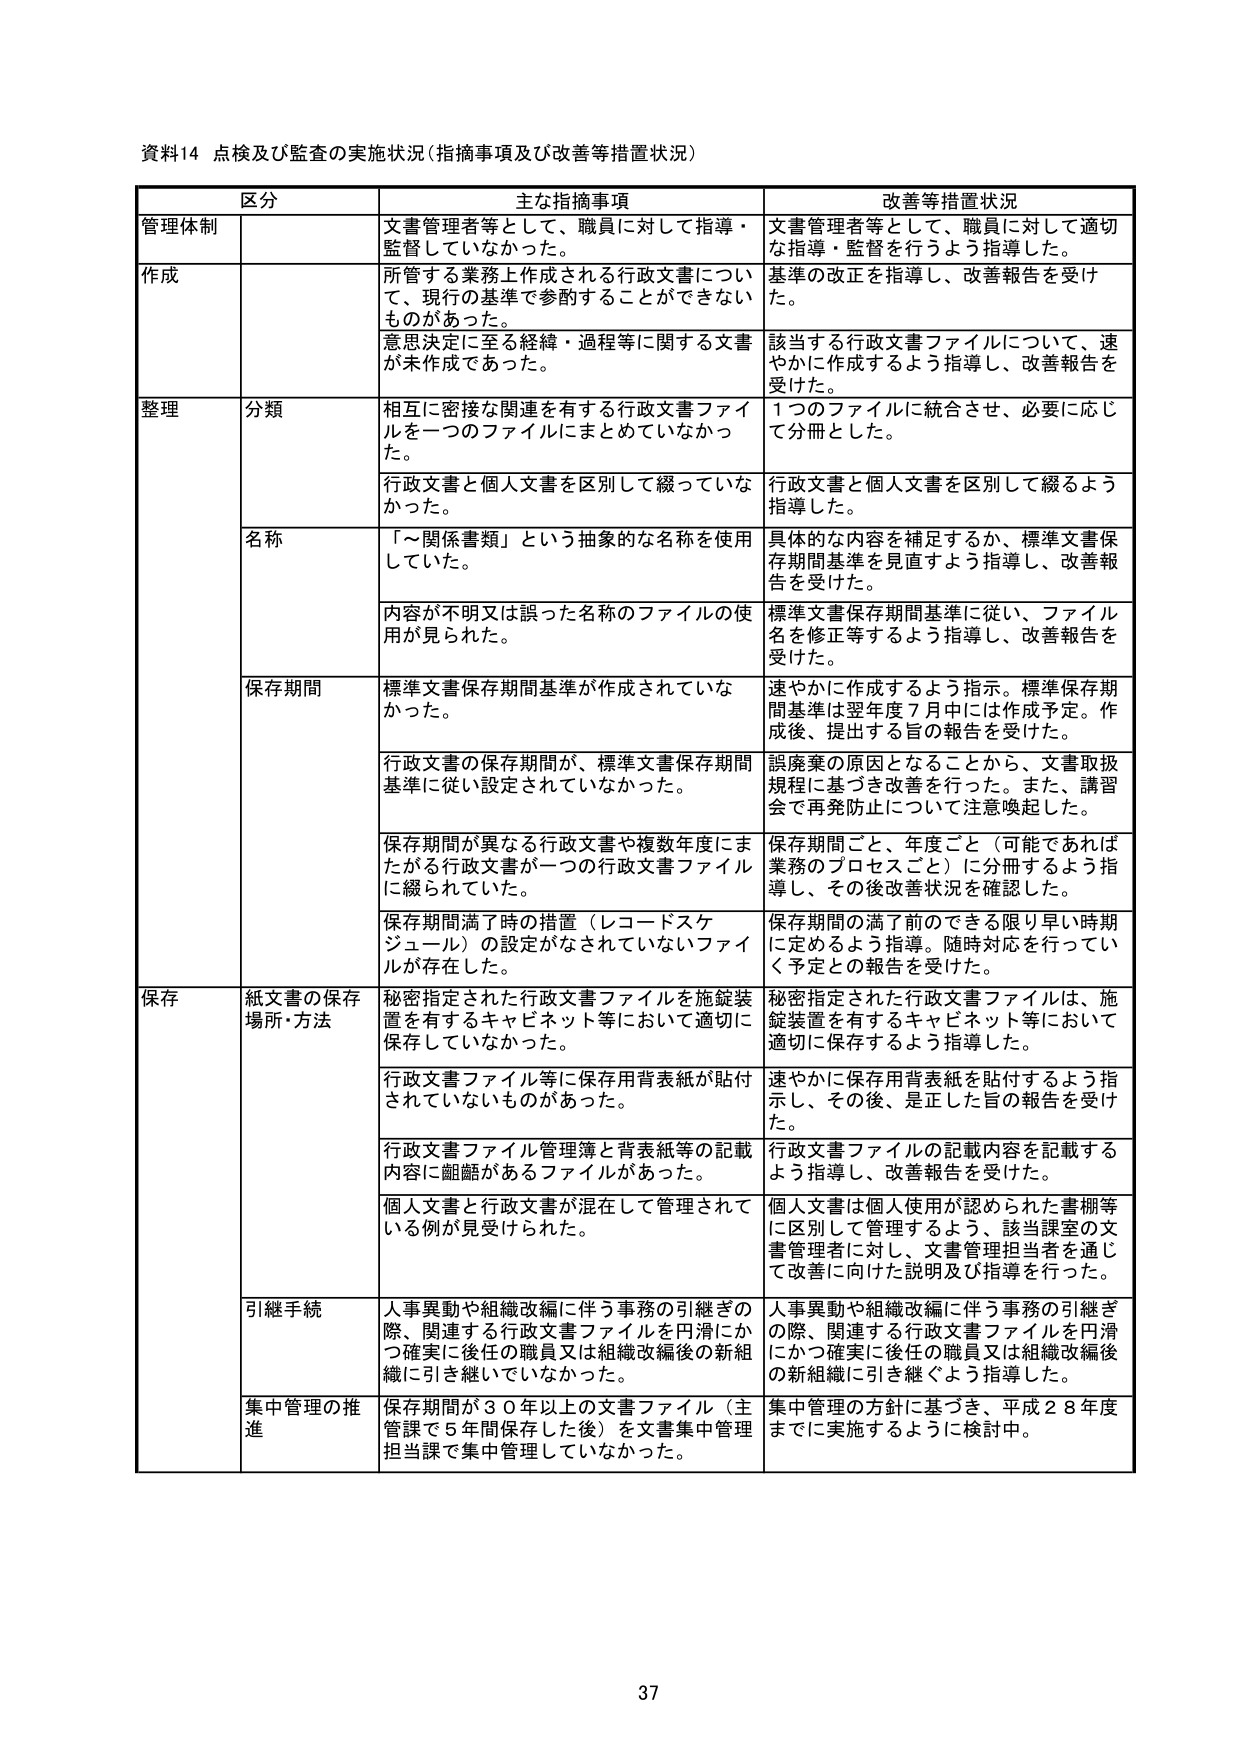
資料14 点検及び監査の実施状況（指摘事項及び改善等措置状況）

区分 主な指摘事項 改善等措置状況

管理体制 文書管理者等として、職員に対して指導・監督していなかった。 文書管理者等として、職員に対して適切な指導・監督を行うよう指導した。

作成 所管する業務上作成される行政文書について、現行の基準で参酌することができないものがあった。 基準の改正を指導し、改善報告を受けた。

意思決定に至る経緯・過程等に関する文書が未作成であった。 該当する行政文書ファイルについて、速やかに作成するよう指導し、改善報告を受けた。

整理 分類 相互に密接な関連を有する行政文書ファイルを一つのファイルにまとめていなかった。 1つのファイルに統合させ、必要に応じて分冊とした。

行政文書と個人文書を区別して綴っていなかった。 行政文書と個人文書を区別して綴るよう指導した。

名称 「～関係書類」という抽象的な名称を使用していた。 具体的な内容を補足するか、標準文書保存期間基準を見直すよう指導し、改善報告を受けた。

内容が不明又は誤った名称のファイルの使用が見られた。 標準文書保存期間基準に従い、ファイル名を修正等するよう指導し、改善報告を受けた。

保存期間 標準文書保存期間基準が作成されていなかった。 速やかに作成するよう指示。標準保存期間基準は翌年度7月中には作成予定。作成後、提出する旨の報告を受けた。

行政文書の保存期間が、標準文書保存期間基準に従い設定されていなかった。 誤廃棄の原因となることから、文書取扱規程に基づき改善を行った。また、講習会で再発防止について注意喚起した。

保存期間が異なる行政文書や複数年度にまたがる行政文書が一つの行政文書ファイルに綴られていた。 保存期間ごと、年度ごと（可能であれば業務のプロセスごと）に分冊するよう指導し、その後改善状況を確認した。

保存期間満了時の措置（レコードスケジュール）の設定がなされていないファイルが存在した。 保存期間の満了前できる限り早い時期に定めるよう指導。随時対応を行っていく予定との報告を受けた。

保存 紙文書の保存場所・方法 秘密指定された行政文書ファイルを施錠装置を有するキャビネット等において適切に保存していなかった。 秘密指定された行政文書ファイルは、施錠装置を有するキャビネット等において適切に保存するよう指導した。

行政文書ファイル等に保存用背表紙が貼付されていないものがあった。 速やかに保存用背表紙を貼付するよう指示し、その後、是正した旨の報告を受けた。

行政文書ファイル管理簿と背表紙等の記載内容に齟齬があるファイルがあった。 行政文書ファイルの記載内容を記載するよう指導し、改善報告を受けた。

個人文書と行政文書が混在して管理されている例が見受けられた。 個人文書は個人使用が認められた書棚等に区別して管理するよう、該当課室の文書管理者に対し、文書管理担当者を通じて改善に向けた説明及び指導を行った。

引継手続 人事異動や組織改編に伴う事務の引継ぎの際、関連する行政文書ファイルを円滑にかつ確実に後任の職員又は組織改編後の新組織に引き継いでいなかった。 人事異動や組織改編に伴う事務の引継ぎの際、関連する行政文書ファイルを円滑にかつ確実に後任の職員又は組織改編後の新組織に引き継ぐよう指導した。

集中管理の推進 保存期間が30年以上の文書ファイル（主管課で5年間保存した後）を文書集中管理担当課で集中管理していなかった。 集中管理の方針に基づき、平成28年度までに実施するように検討中。

37